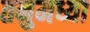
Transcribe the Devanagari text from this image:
तनुमध्या